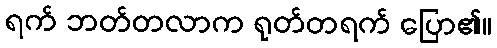
ရက် ဘတ်တလာက ရုတ်တရက် ပြော၏။